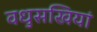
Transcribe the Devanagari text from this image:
वधुसखियां